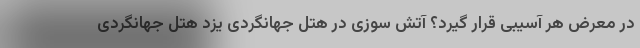
در معرض هر آسیبی قرار گیرد؟ آتش سوزی در هتل جهانگردی یزد هتل جهانگردی